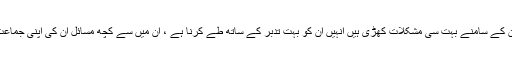
عمران خان نے وعدہ کیا ہے کہ وہ پاکستان پر ایسے حکومت کریں گے جیسے پہلے کبھی نہ کی گئی ہو مگر ان کے سامنے بہت سی مشکلات کھڑی ہیں انہیں ان کو بہت تدبر کے ساتھ طے کرنا ہے ، ان میں سے کچھ مسائل ان کی اپنی جماعت کے ارکان بھی کھڑا کر سکتے ہیں اس لیے عمران خان کو انتہائی استقامت اور ثابت قدمی کی ضرورت ہے ۔